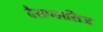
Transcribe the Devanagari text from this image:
दैसप्लासिअ